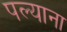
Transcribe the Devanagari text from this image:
पल्याना